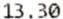
13.30